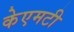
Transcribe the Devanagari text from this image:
केएमटी